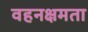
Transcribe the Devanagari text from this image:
वहनक्षमता